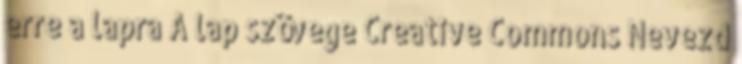
erre a lapra A lap szövege Creative Commons Nevezd